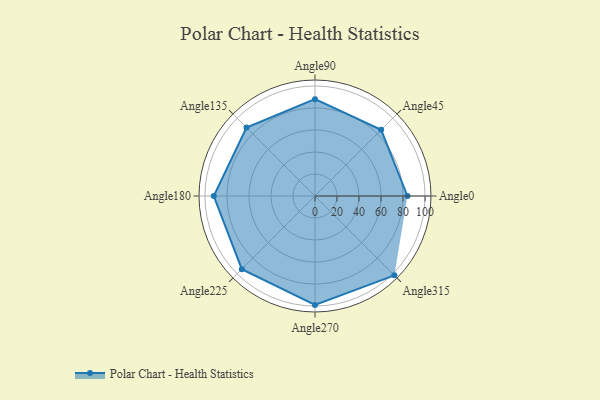
{"axis": {"x": "Angle", "y": "Radius"}, "legend": [""], "data": [{"x": "Angle0", "y": 84.0, "type": ""}, {"x": "Angle45", "y": 85.0, "type": ""}, {"x": "Angle90", "y": 88.0, "type": ""}, {"x": "Angle135", "y": 88.0, "type": ""}, {"x": "Angle180", "y": 92.0, "type": ""}, {"x": "Angle225", "y": 94.0, "type": ""}, {"x": "Angle270", "y": 99.0, "type": ""}, {"x": "Angle315", "y": 102.0, "type": ""}]}